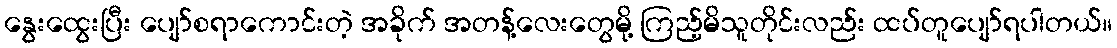
နွေးထွေးပြီး ပျော်စရာကောင်းတဲ့ အခိုက် အတန့်လေးတွေမို့ ကြည့်မိသူတိုင်းလည်း ထပ်တူပျော်ရပါတယ်။